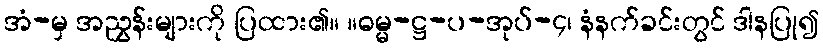
အံ-မှ အညွှန်းများကို ပြထား၏။ ။ဓမ္မ-ဋ္ဌ-ပ-အုပ်-၄၊ နံနက်ခင်းတွင် ဒါနပြု၍